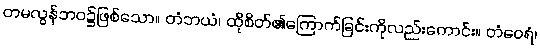
တမလွန်ဘဝ၌ဖြစ်သော။ တံဘယံ၊ ထိုစိတ်၏ကြောက်ခြင်းကိုလည်းကောင်း။ တံဝေရံ၊